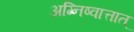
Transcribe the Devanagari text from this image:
अग्निष्वात्तात्